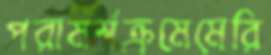
পরামর্শক্রমেমেরি